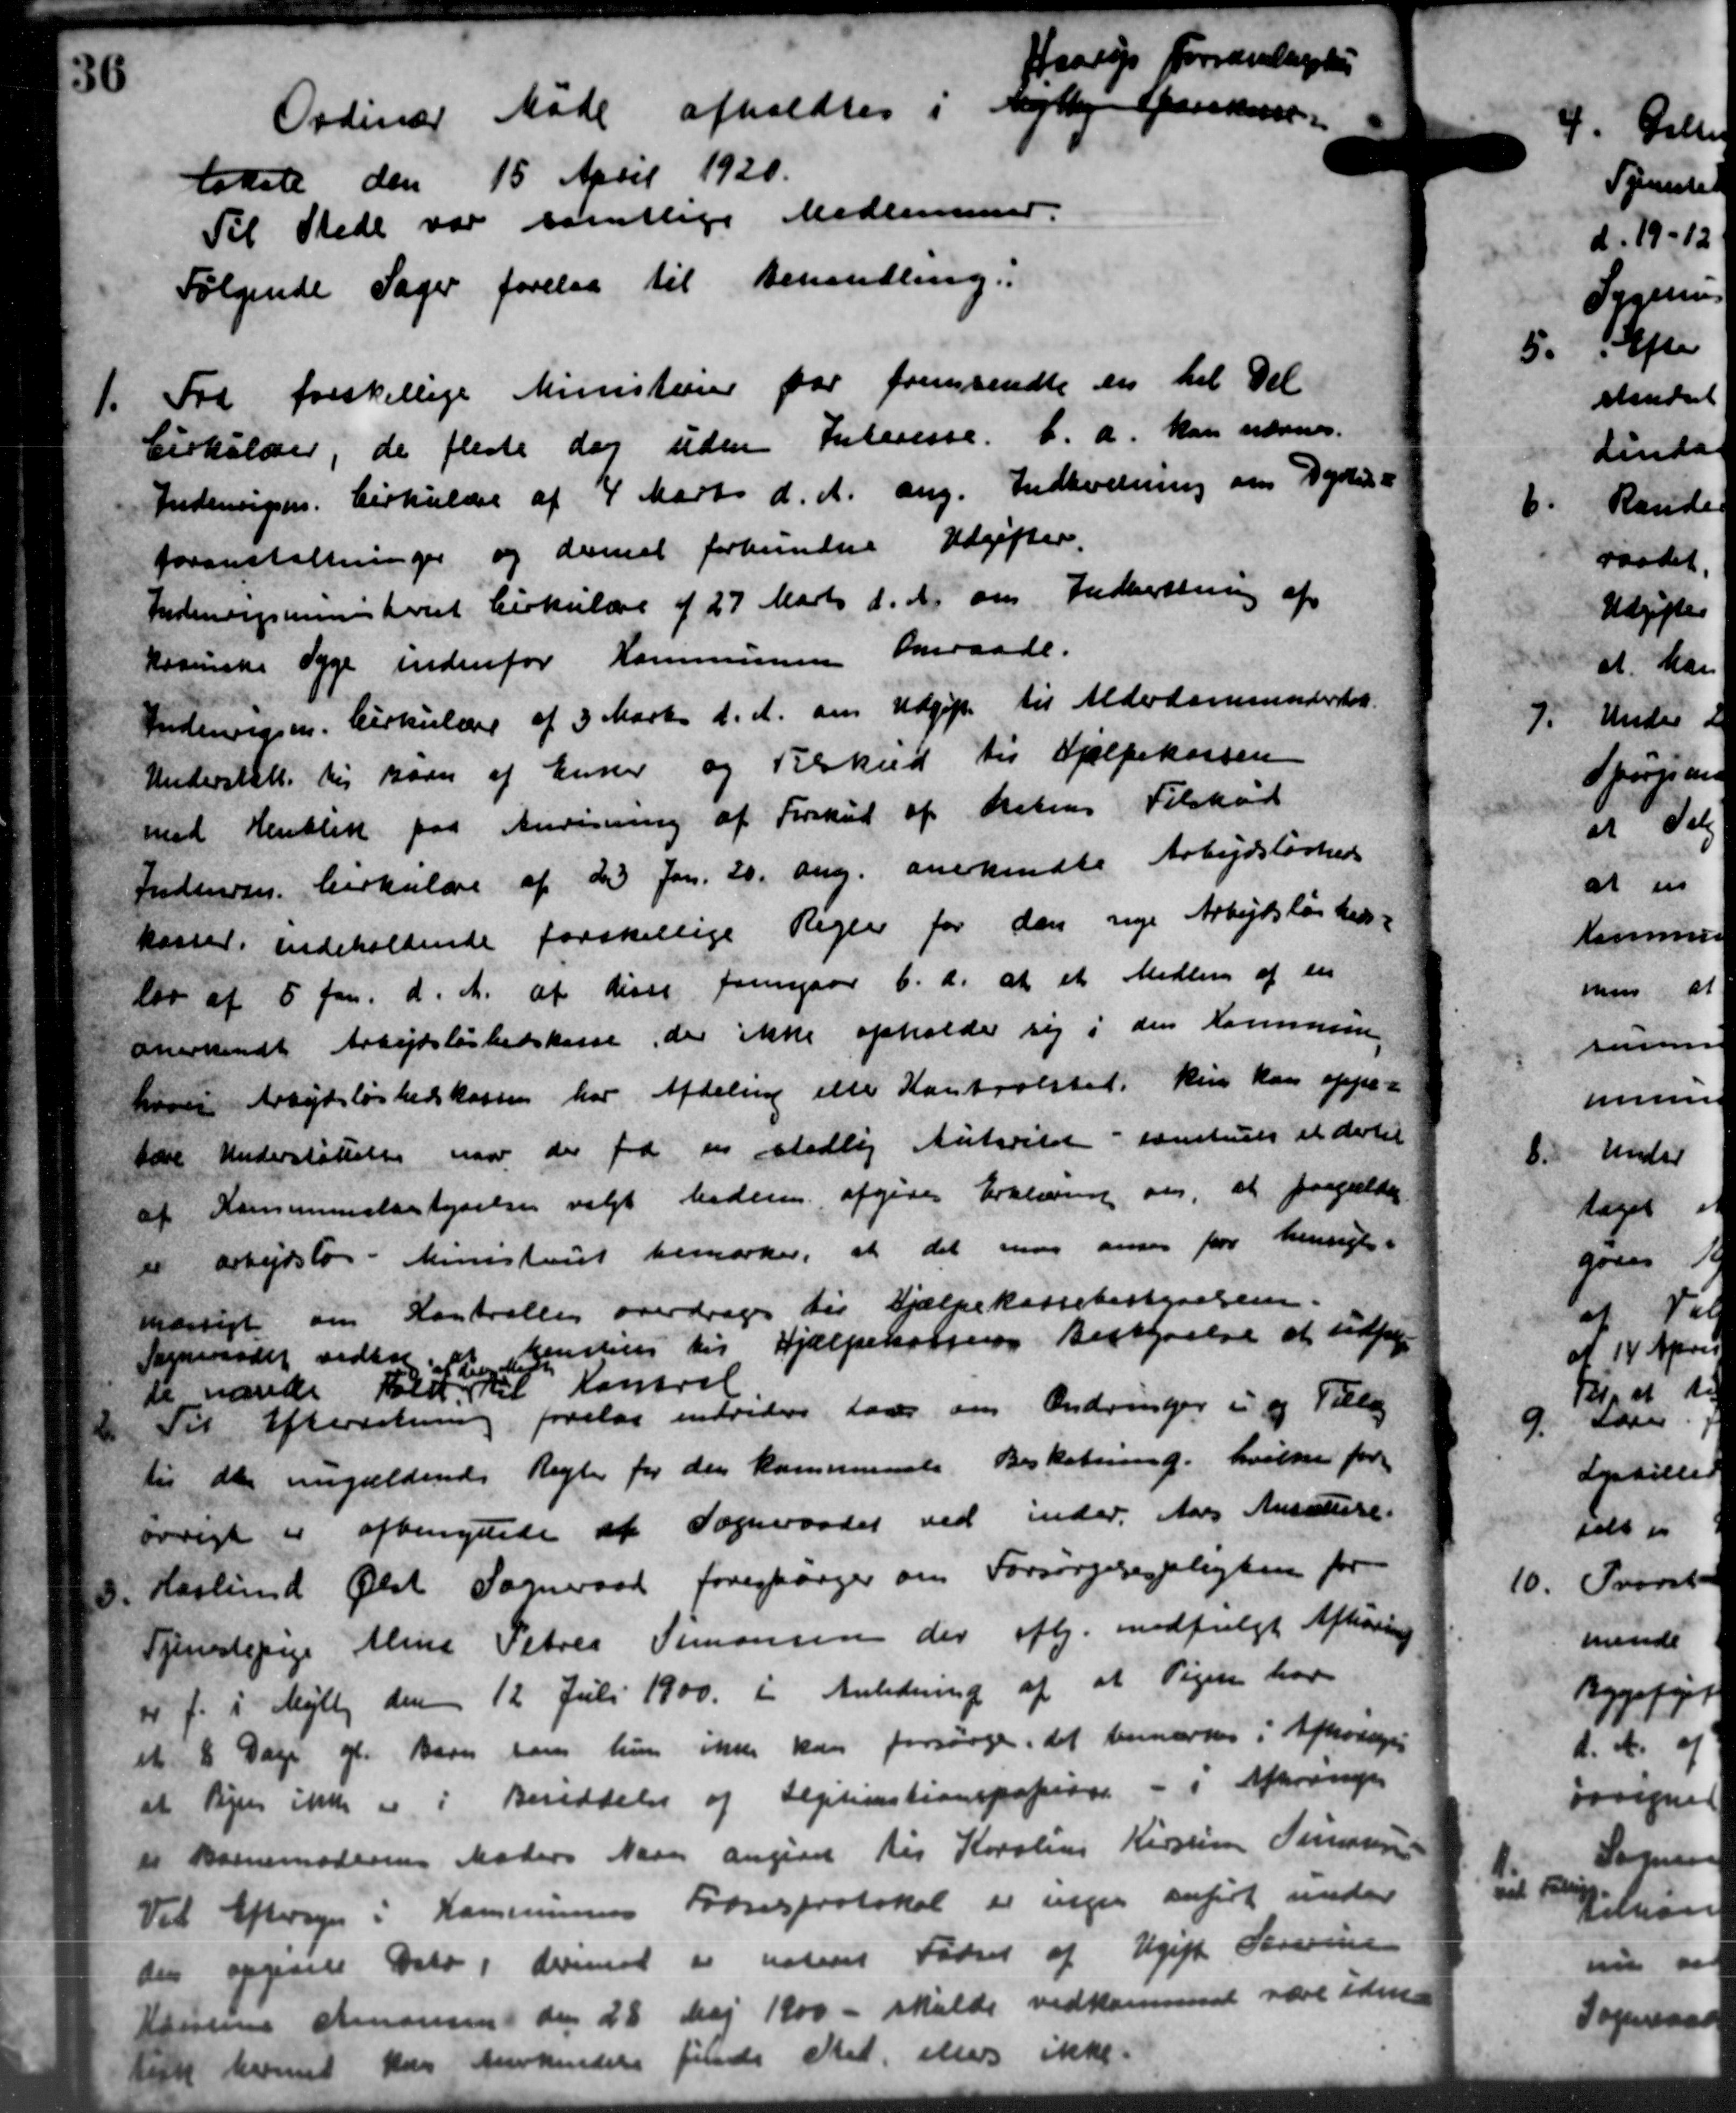
Transskription:
Ordinær Møde afholdtes i Nyby sendes var
Haarup
lokale den 15 April 1920.
Til Stede var samtlige Medlemmer.
Følgende Sager forelaa til Behandling:
1.
Fra forskellige Ministeriet var fremsendte en til Del
Cirkulærer, de fleste dog uden Interesse. f. A. kan nævnes.
Indenrigsm. Cirkulære af 4 Marts d. A. ang. Indkodning om Dyrtids-
foranstaltninger og dennet forbundne Udgifter.
Indenrigsministeriet Cirkulære af 27 Marts d. A. om Indberetning af
kosenske Syge indenfor Kommunen aneraade.
Indenrigsm. Cirkulære af 3 Marts d. A. om Udgift til Alderdomsunderstøt-
Understøtte til Barn af Enker og Tilskud til Hjælpekassen
med Henblik paa Anvisning af Forskud af Resens Tilskud
Indenses Cirkulære af de Jan. 20. ang. anerkendte Arbejdsløsheds
kasser indeholdende forskellige Regler for den nye Arbejdsløsheds-
lov af 5 Jan. d. A. at disse fremgaar b. A. at et Medlem af en
anerkendt Arbejdsløshedskasse, der ikke opholde sig i den Kommune
hvori Arbejdsløshedskassen har Afdeling eller Kontrolsted, kun kan oppe-
føre Understøttelse naar der fra en stedlig Autorilsen - samtuels at dertil
af Kommunebestyrelse valgt bederen afgives Erklæring om, at paagælder
i arbejdsløs i Ministeriet bemærker, at det naar ansen for hensigt i
Udvrigt om Kontrollen overdrages til Hjælpekassebestyrelsen.
Sogneraadet vedtog at henstiles til Hjælpekassens Bestyrelse at udføre
de nævne til

de Kontral

Til Efterretning forelaa endvidere laves om Ændringer i og Tillæg
til den nugældende Regler for den kommunale Beskatning. hvilke for
øvrigt er afbenyttede af Sogneraadet ved inder Aars Ansature.
3. Haslund Ølst Sogneraad forespørger om Forsørgelsespligten for
3. Haslund Ølst Sogneraad forespørger om Forsørgelsespligten for
Tjenestepige Mine Petres Simonsen der afh. medfulgt Afhøring
er f. i Mejlby den 12 Juli 1900 i Anledning af at Pigen har
et 8 Dage gl. Barn som hun ikke kan forsørge, det bemærkes i Afholdes
at Vejen ikke er i Besiddelse af Septicationspapirer - i Aftrængen
i Barnemoderens Moders Naar angivet til Karoline Kirstine Sørensen
Til Eftersyn i Kommunens Fødselsprotokol er ingen anført under
der opgivele Dato i derimod er noteret Fødsel af Ugift Sørensen
Hjersens Simonsen den 28 Maj 1900 - skulde vedkommende være idend
sem kommet har anerkendelse finde Sted eller ikke.